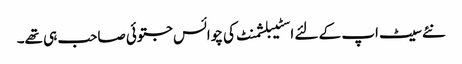
نئے سیٹ اپ کے لئے اسٹیبلشمنٹ کی چوائس جتوئی صاحب ہی تھے۔